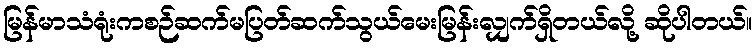
မြန်မာသံရုံးကစဉ်ဆက်မပြတ်ဆက်သွယ်မေးမြန်းလျှက်ရှိတယ်လို့ ဆိုပါတယ်။